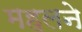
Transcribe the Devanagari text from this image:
महलने